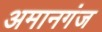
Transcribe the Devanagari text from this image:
अमानगंज